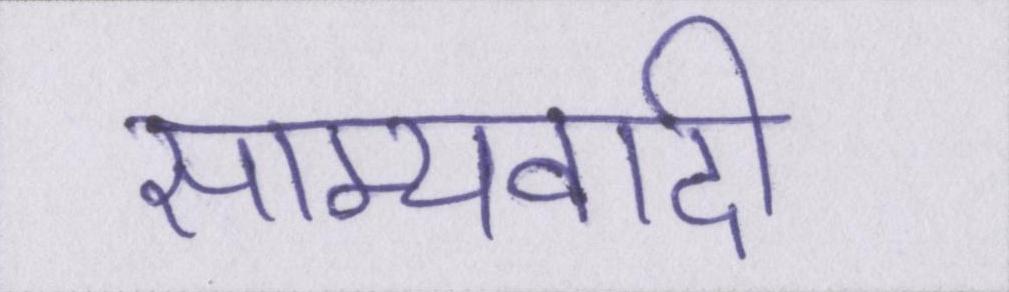
साम्यवादी